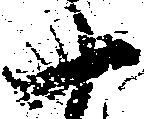
十